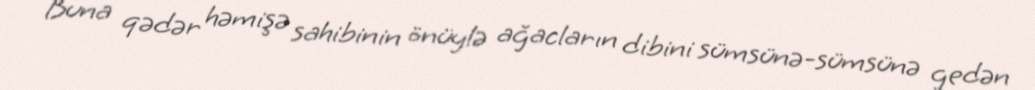
Buna qədər həmişə sahibinin önüylə ağacların dibini sümsünə-sümsünə gedən